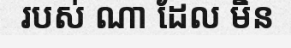
របស់ ណា ដែល មិន